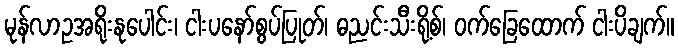
မုန်လာဥအရိုးနုပေါင်း၊ ငါးပနော်စွပ်ပြုတ်၊ ဓညင်းသီးရို့စ်၊ ဝက်ခြေထောက် ငါးပိချက်။